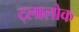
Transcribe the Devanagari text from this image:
ट्लालोक